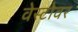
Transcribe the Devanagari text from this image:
वेस्टोवर